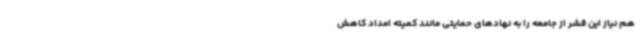
هم نیاز این قشر از جامعه را به نهادهای حمایتی مانند کمیته امداد کاهش